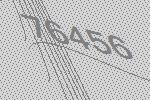
76456